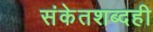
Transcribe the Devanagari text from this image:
संकेतशब्दही